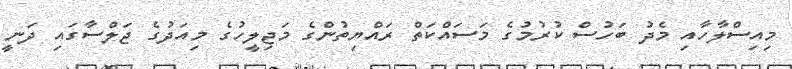
މިއިސްލާހާއި މެދު ބަހުސް ކުރުމުގެ މަސައްކަތް ރައްޔިތުންގެ މަޖިލީހުގެ މިއަދުގެ ޖަލްސާގައި ދަނީ